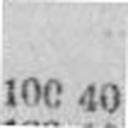
100 0